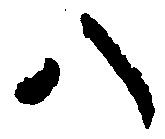
八